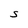
Character: S